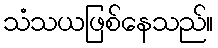
သံသယဖြစ်နေသည်။